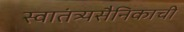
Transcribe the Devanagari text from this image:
स्वातंत्र्यसैनिकाची